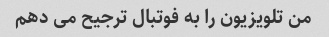
من تلویزیون را به فوتبال ترجیح می دهم